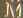
M